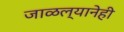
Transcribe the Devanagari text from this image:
जाळल्यानेही